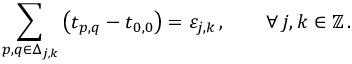
\sum _ { p , q \in \Delta _ { j , k } } \left( \boldsymbol { t } _ { p , q } - \boldsymbol { t } _ { 0 , 0 } \right) = \varepsilon _ { j , k } \, , \qquad \forall \, j , k \in \mathbb { Z } \, .